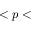
< p <